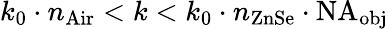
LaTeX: k_{0}\cdot n_{\mathrm{Air}}<k<k_{0}\cdot n_{\mathrm{ZnSe}}\cdot\mathrm{NA}_{\mathrm{obj}}